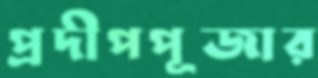
প্রদীপপূজার